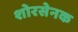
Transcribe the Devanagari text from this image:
शोरसेनक